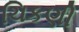
ચિકણી